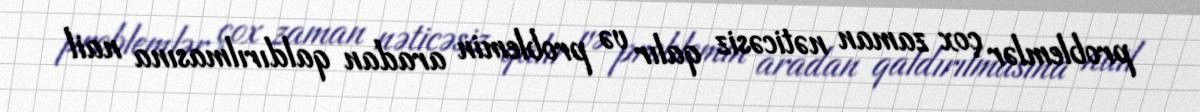
problemlər çox zaman nəticəsiz qalır və problemin aradan qaldırılmasına nail